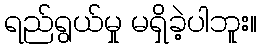
ရည်ရွယ်မှု မရှိခဲ့ပါဘူး။